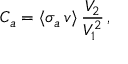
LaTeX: C _ { a } = \langle \sigma _ { a } \, v \rangle \, \frac { V _ { 2 } } { V _ { 1 } ^ { 2 } } \, ,